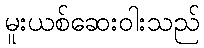
မူးယစ်ဆေးဝါးသည်